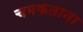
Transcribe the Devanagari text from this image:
चमकताना